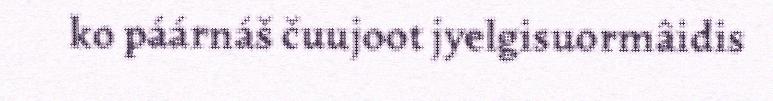
ko páárnáš čuujoot jyelgisuormâidis